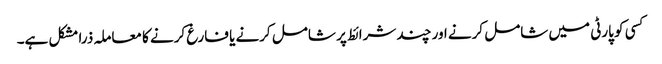
کسی کو پارٹی میں شامل کرنے اور چند شرائط پر شامل کرنے یا فارغ کرنے کا معاملہ ذرا مشکل ہے۔